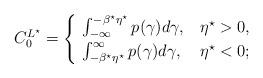
LaTeX: \begin{align*}C_0^{L^{\star}}=\begin{cases}\,\,\int_{-\infty}^{-\beta^{\star}\eta^{\star}}{p(\gamma)d\gamma}, & \eta^{\star} > 0, \\\,\,\int_{-\beta^{\star}\eta^{\star}}^{\infty}{p(\gamma)d\gamma}, & \eta^{\star} < 0;\end{cases}\end{align*}